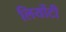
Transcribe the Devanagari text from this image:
लियोंटी